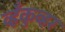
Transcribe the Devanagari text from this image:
व्हँकुव्हर